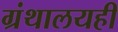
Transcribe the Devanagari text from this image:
ग्रंथालयही